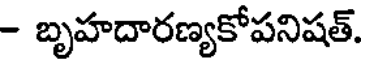
- బృహదారణ్యకోపనిషత్.